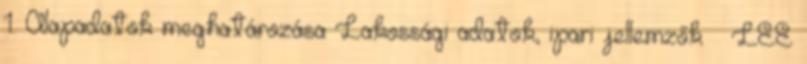
1. Alapadatok meghatározása Lakossági adatok, ipari jellemzők – LEÉ